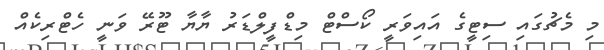
މި މެޗުގައި ސިޓީގެ އައިވަރީ ކޯސްޓް މިޑްފީލްޑަރު ޔާޔާ ޓޫރޭ ވަނީ ހެޓްރިކެއް